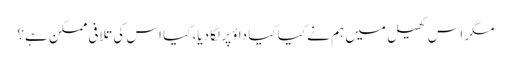
مگر اس کھیل میں ہم نے کیا کیا داؤ پر لگا دیا، کیا اس کی تلافی ممکن ہے؟